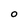
Character: O